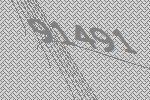
91491